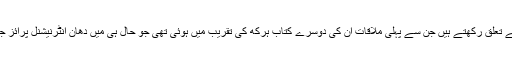
ہڈک کے مصنف بھی ساندل بار کے علاقے سے تعلق رکھتے ہیں جن سے پہلی ملاقات ان کی دوسرے کتاب ہرکھ کی تقریب میں ہوئی تھی جو حال ہی میں دھان انٹرنیشنل پرائز جیتنے والے جان عزیزم زاہدحسن کے ساتھ تھی۔